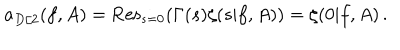
a _ { D / 2 } ( f , A ) = \mathrm { R e s } _ { s = 0 } ( \Gamma ( s ) \zeta ( s | f , A ) ) = \zeta ( 0 | f , A ) \, .